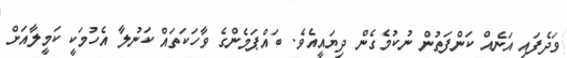
ވަދެފައި އަނެއް ކަންފަތުން ނުކުމެގެން ދިޔައީއެވެ. ބައްޕަމެންގެ ވާހަކަތައް ކަނުލާ އެހުމަކީ ކަމީލާއަށް